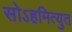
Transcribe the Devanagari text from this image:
सोऽहमित्युत